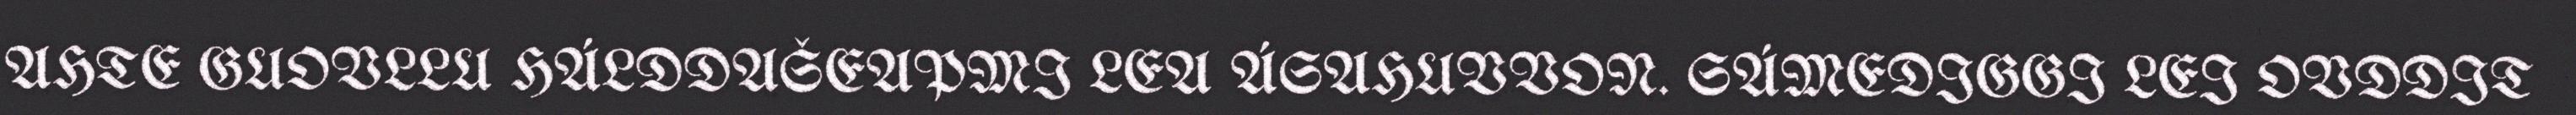
AHTE GUOVLLU HÁLDDAŠEAPMI LEA ÁSAHUVVON. SÁMEDIGGI LEI OVDDIT